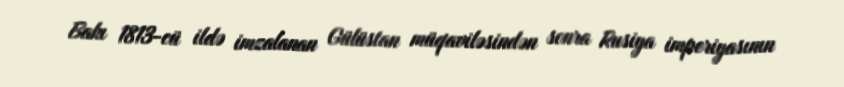
Bakı 1813-cü ildə imzalanan Gülüstan müqaviləsindən sonra Rusiya imperiyasının